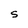
Character: S